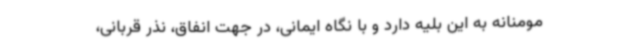
مومنانه به این بلیه دارد و با نگاه ایمانی، در جهت انفاق، نذر قربانی،